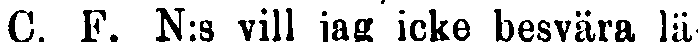
C. F. N:s vill jag icke besvära lä-